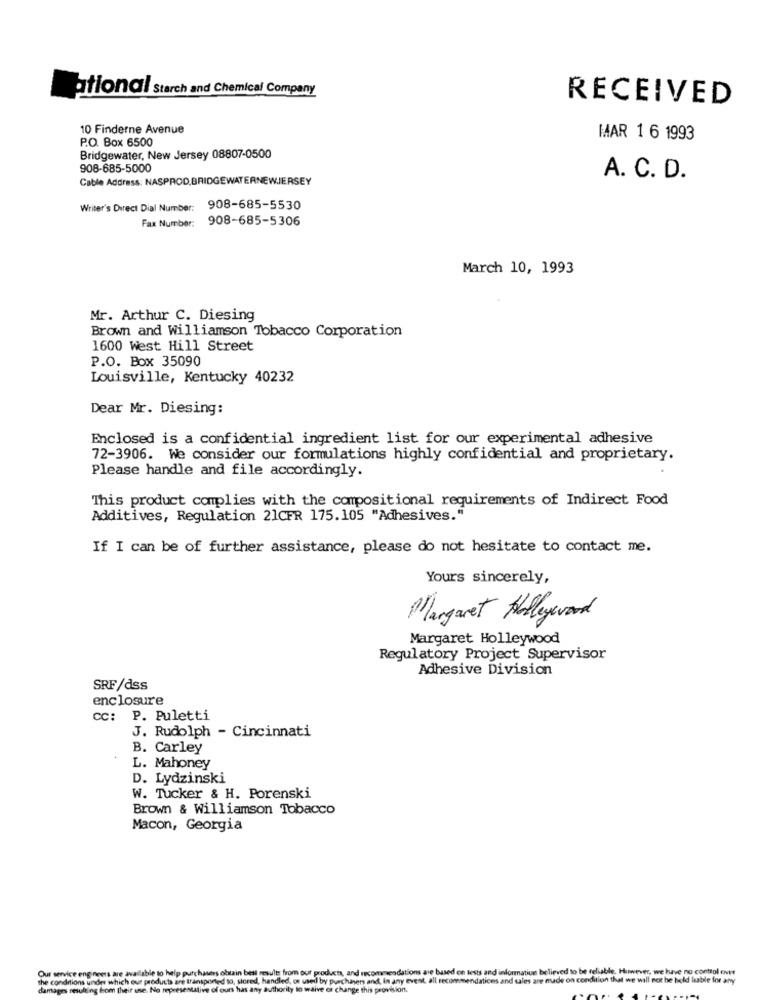
ational Starch and Chemical Company
RECEIVED
10 Finderne Avenue
P.O. Box 6500
MAR 1 6 1993
Bridgewater, New Jersey 08807-0500
908-685-5000
Cable Address: NASPROD.BRIDGEWATERNEWJERSEY
A. C. D.
Writer's Direct Dial Number:
908-685-5530
908-685-5306
Fax Number:
March 10, 1993
Mr. Arthur C. Diesing
Brown and Williamson Tobacco Corporation
1600 West Hill Street
P.O. Box 35090
Louisville, Kentucky 40232
Dear Mr. Diesing:
Enclosed is a confidential ingredient list for our experimental adhesive
72-3906. We consider our formulations highly confidential and proprietary.
Please handle and file accordingly.
This product complies with the compositional requirements of Indirect Food
Additives, Regulation 21CFR 175.105 "Adhesives."
If I can be of further assistance, please do not hesitate to contact me.
Yours sincerely,
Margaret Abollywood
Margaret Holleywood
Regulatory Project Supervisor
Adhesive Division
SRF/dss
enclosure
cc: P. Puletti
J. Rudolph - Cincinnati
B. Carley
L. Mahoney
D. Lydzinski
W. Tucker & H. Porenski
Brown & Williamson Tobacco
Macon, Georgia
our products, and recommendations are based on tests and informatiun believed to be reliable, However, we have no control ents
used by purchasers and, In any event. all recommendations and sales are nude on condition that we will not be held liable for any
Ring bom their inne. No represe
waive or change this provision.